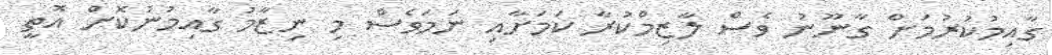
ގާއިމުކުރުމަށް ގާނޫނު ވެސް ލާޒިމްކުރާ ކަމަށާއި ނަމަވެސް މި ނިޒާމު ގާއިމުނުކޮށް އޮތީ